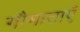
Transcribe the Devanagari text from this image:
गौमाताएँ